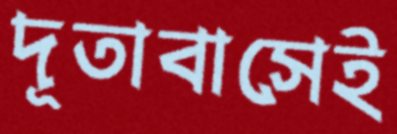
দূতাবাসেই